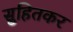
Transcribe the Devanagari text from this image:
सुहितकर